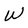
Character: W